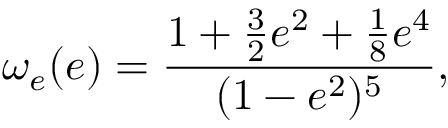
\omega _ { e } ( e ) = \frac { 1 + \frac { 3 } { 2 } e ^ { 2 } + \frac { 1 } { 8 } e ^ { 4 } } { ( 1 - e ^ { 2 } ) ^ { 5 } } ,